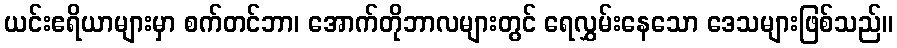
ယင်းဧရိယာများမှာ စက်တင်ဘာ၊ အောက်တိုဘာလများတွင် ရေလွှမ်းနေသော ဒေသများဖြစ်သည်။